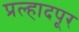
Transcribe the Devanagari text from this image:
प्रल्हादपूर